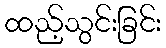
ထည့်သွင်းခြင်း